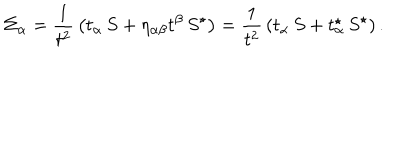
LaTeX: \Sigma _ { \alpha } = { \frac { 1 } { t ^ { 2 } } } \left( t _ { \alpha } \, S + \eta _ { \alpha \beta } t ^ { \beta } \, S ^ { \star } \right) = { \frac { 1 } { t ^ { 2 } } } \left( t _ { \alpha } \, S + t _ { \alpha } ^ { \star } \, S ^ { \star } \right) .